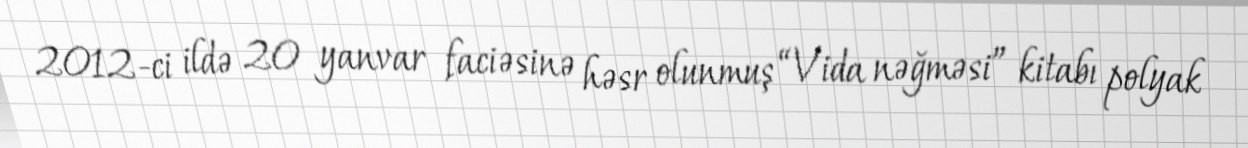
2012-ci ildə 20 yanvar faciəsinə həsr olunmuş “Vida nəğməsi” kitabı polyak